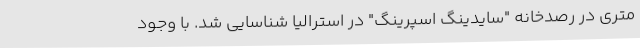
متری در رصدخانه "سایدینگ اسپرینگ" در استرالیا شناسایی شد. با وجود